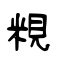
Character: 粯